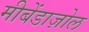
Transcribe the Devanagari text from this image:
मीबेंडाज़ोल